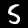
Digit: 5